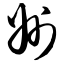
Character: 州